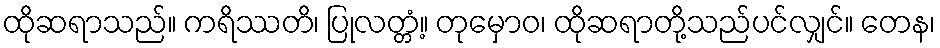
ထိုဆရာသည်။ ကရိဿတိ၊ ပြုလတ္တံ့။ တုမှောဝ၊ ထိုဆရာတို့သည်ပင်လျှင်။ တေန၊